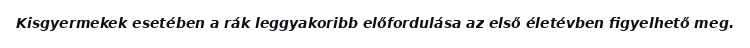
Kisgyermekek esetében a rák leggyakoribb előfordulása az első életévben figyelhető meg.